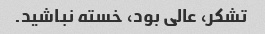
تشکر، عالی بود، خسته نباشید.